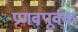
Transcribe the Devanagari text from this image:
प्रणवपूर्वक